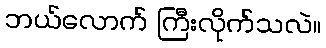
ဘယ်လောက် ကြီးလိုက်သလဲ။